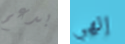
بدعم إلهي